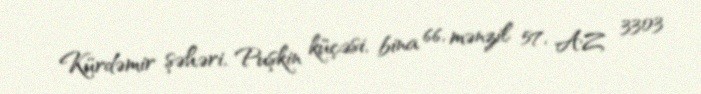
Kürdəmir şəhəri, Puşkin küçəsi, bina 66, mənzil 57, AZ 3303